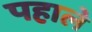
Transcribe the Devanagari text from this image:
पहाले